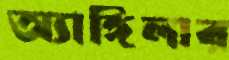
অ্যাঙ্গিলার